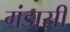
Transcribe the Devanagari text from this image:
गंडासी